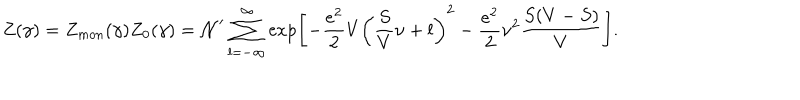
LaTeX: Z ( \gamma ) = Z _ { m o n } ( \gamma ) Z _ { 0 } ( \gamma ) = { \cal N } ^ { \prime } \sum _ { l = - \infty } ^ { \infty } \exp \left[ - \frac { e ^ { 2 } } { 2 } V \left( \frac { S } { V } \nu + l \right) ^ { 2 } - \frac { e ^ { 2 } } { 2 } \nu ^ { 2 } \frac { S ( V - S ) } { V } \right] .